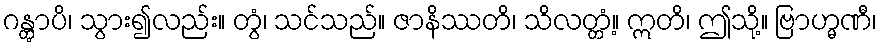
ဂန္တွာပိ၊ သွား၍လည်း။ တွံ၊ သင်သည်။ ဇာနိဿတိ၊ သိလတ္တံ့။ ဣတိ၊ ဤသို့။ ဗြာဟ္မဏီ၊